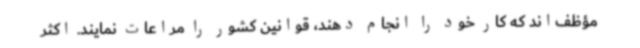
مؤظف‌اند که کار خود را انجام دهند، قوانین کشور را مراعات نمایند. اکثر